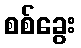
စစ်ခွေး